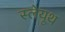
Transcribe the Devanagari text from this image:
स्लेयूथ